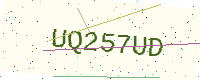
Text: UQ257UD